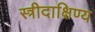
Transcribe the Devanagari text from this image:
स्त्रीदाक्षिण्य